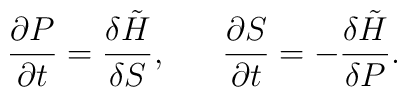
\frac{\partial P}{\partial t} = \frac{\delta\tilde{H}}{\delta S}, ~~~~~\frac{\partial S}{\partial t} = - \frac{\delta\tilde{H}}{\delta P} .